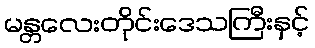
မန္တလေးတိုင်းဒေသကြီးနှင့်